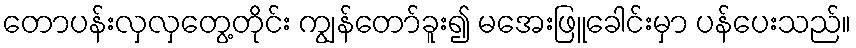
တောပန်းလှလှတွေ့တိုင်း ကျွန်တော်ခူး၍ မအေးဖြူခေါင်းမှာ ပန်ပေးသည်။